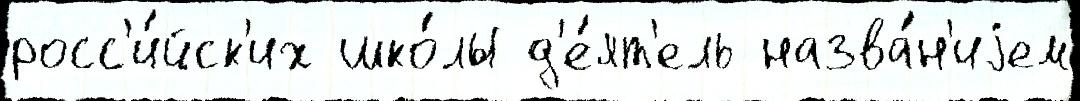
росс'и́йск'их шко́лы д'е́ят'ель назва́н'иjем